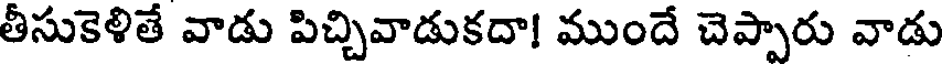
తీసుకెళితే వాడు పిచ్చివాడుకదా! ముందే చెప్పారు వాడు